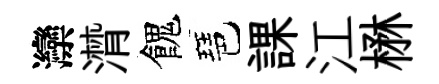
灤潸餽琶課江楙